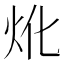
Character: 𤆷